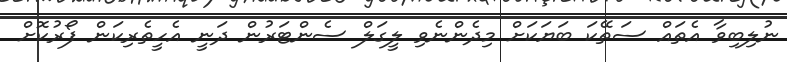
ނުލިބިވާ އެތައް ސަތޭކަ ބަޔަކަށް މިދެންނެވި ލީގަލް ސެންޓަރުން ދަނީ އެހީތެރިކަން ފޯރުކޮށް